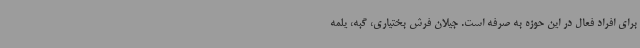
برای افراد فعال در این حوزه به صرفه است. جیلان فرش بختیاری، گبه، یلمه